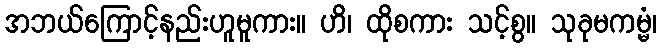
အဘယ်ကြောင့်နည်းဟူမူကား။ ဟိ၊ ထိုစကား သင့်စွ။ သုခုမကမ္မံ၊